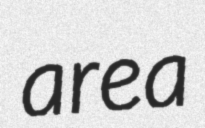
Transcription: area